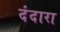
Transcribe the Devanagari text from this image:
दंदारा